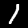
Label: 1